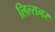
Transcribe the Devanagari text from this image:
लिल्सनर